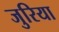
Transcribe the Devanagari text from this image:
जुरिया